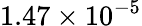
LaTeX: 1.47\times 10^{-5}